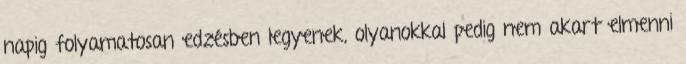
napig folyamatosan edzésben legyenek, olyanokkal pedig nem akart elmenni